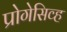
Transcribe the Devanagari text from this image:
प्रोगेसिव्ह